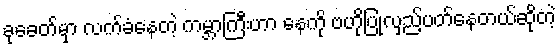
ခုခေတ်မှာ လက်ခံနေတဲ့ ကမ္ဘာကြီးဟာ နေကို ဗဟိုပြုလှည့်ပတ်နေတယ်ဆိုတဲ့